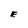
Character: E